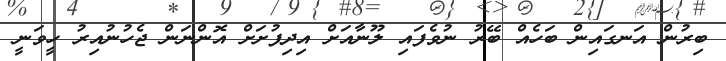
ބިރުން އަނގައިން ބަހެއް ބޭރު ނުވެފައި ލޫނާއަށް އިދިފުށަށް އޮންނަން ޖެހުނުއިރު ހީވަނީ